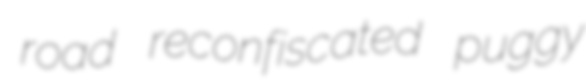
road reconfiscated puggy